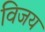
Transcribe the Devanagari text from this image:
विजय